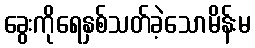
ခွေးကိုရေနှစ်သတ်ခဲ့သောမိန်းမ